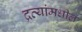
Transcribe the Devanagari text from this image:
द्रव्यांमधील